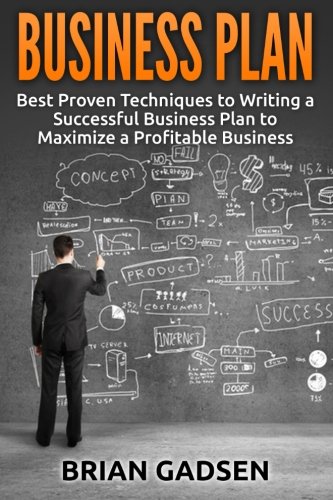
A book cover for Business Plan: Best Proven Techniques to Writing a Successful Business Plan to Maximize a Profitable Business; Brian Gadsen; Business & Money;